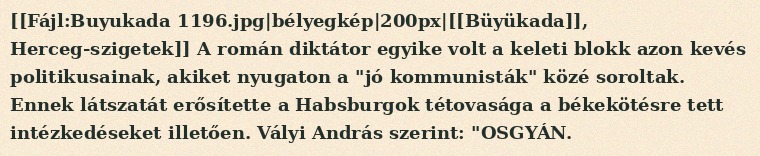
[[Fájl:Buyukada 1196.jpg|bélyegkép|200px|[[Büyükada]], Herceg-szigetek]] A román diktátor egyike volt a keleti blokk azon kevés politikusainak, akiket nyugaton a "jó kommunisták" közé soroltak. Ennek látszatát erősítette a Habsburgok tétovasága a békekötésre tett intézkedéseket illetően. Vályi András szerint: "OSGYÁN.